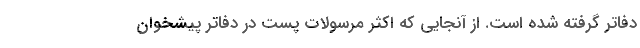
دفاتر گرفته شده است. از آنجایی که اکثر مرسولات پست در دفاتر پیشخوان